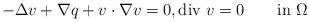
LaTeX: \begin{align*}-\Delta v+\nabla q+v\cdot\nabla v=0, \mbox{div $v$}=0 \qquad\mbox{in $\Omega$} \end{align*}